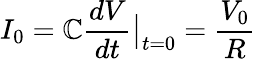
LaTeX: I_{0}=\mathbb{C}\frac{{dV}}{{dt}}\big|_{t=0}=\frac{{V_{0}}}{{R}}